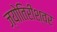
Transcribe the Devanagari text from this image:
ज्योतिरीश्‍वर